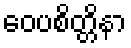
ဝေပစိတ္တိနာ